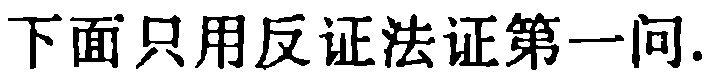
下面只用反证法证第一问.